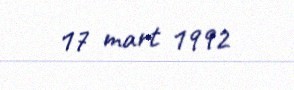
17 mart 1992